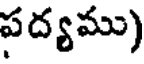
పద్యము)